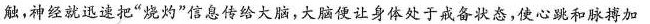
触，神经就迅速把”烧灼”信息传给大脑，大脑便让身体处于戒备状态，使心跳和脉搏加